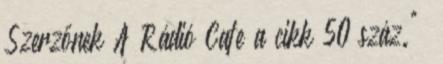
Szerzőnek A Rádió Cafe a cikk 50 száz."